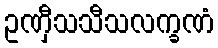
ဥဏှီသသီသလက္ခဏံ